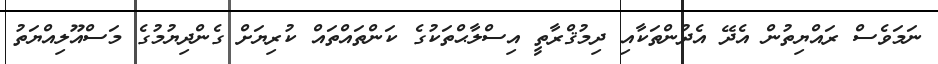
ނަމަވެސް ރައްޔިތުން އެދޭ އެދުންތަކާއި ދިމުޤްރާތީ އިސްލާޙްތަކުގެ ކަންތައްތައް ކުރިޔަށް ގެންދިޔުމުގެ މަސްއޫލިއްޔަތު